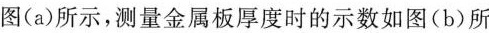
图(a)所示，测量金属板厚度时的示数如图(b)所